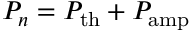
P _ { n } = P _ { \mathrm { t h } } + P _ { \mathrm { a m p } }